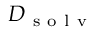
D _ { \mathrm { ~ s ~ o ~ l ~ v ~ } }